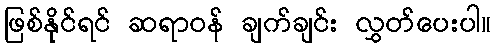
ဖြစ်နိုင်ရင် ဆရာဝန် ချက်ချင်း လွှတ်ပေးပါ။